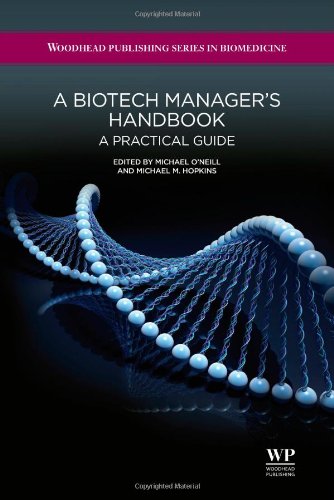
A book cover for A Biotech Manager's Handbook: A Practical Guide (Woodhead Publishing Series in Biomedicine); Business & Money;